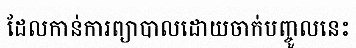
ដែលកាន់ការព្យាបាលដោយចាក់បញ្ចូលនេះ